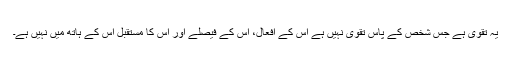
یہ تقوی ہے جس شخص کے پاس تقوی نہیں ہے اس کے افعال، اس کے فیصلے اور اس کا مستقبل اس کے ہاتھ میں نہیں ہے۔